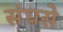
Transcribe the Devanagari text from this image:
संघसे